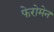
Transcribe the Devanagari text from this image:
फेरोमेन